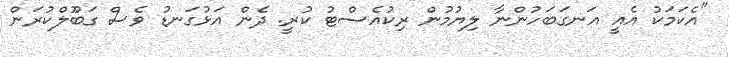
"އެކަމަކު އެއީ އަނގަބަހުންނާ ލިޔުމުން ރިކުއެސްޓު ކުރީ. ދެން އަޅުގަނޑު ވެސް ގަބޫލްކުރަން